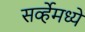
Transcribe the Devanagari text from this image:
सर्व्हेमध्ये